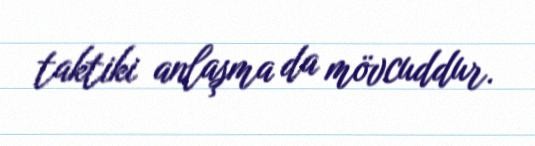
taktiki anlaşma da mövcuddur.